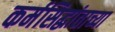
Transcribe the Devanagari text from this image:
कर्मसिद्धांताच्या